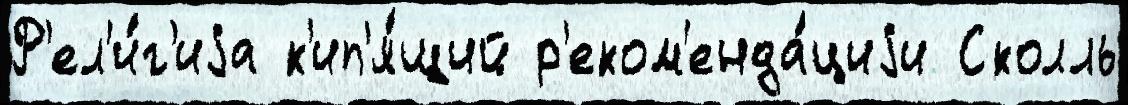
Р'ел'и́г'иjа к'ип'я́щий р'еком'енда́циjи Сколль